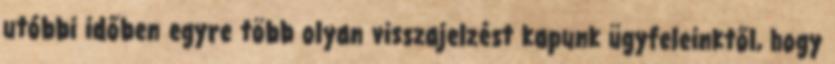
utóbbi időben egyre több olyan visszajelzést kapunk ügyfeleinktől, hogy